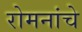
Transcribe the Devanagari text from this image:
रोमनांचे